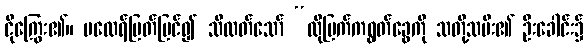
ငိုကြွေး၏။ မထေရ်မြတ်မြင်၍ သိလတ်သော် “ထိုမြက်ကရွတ်ခွေကို သတို့သမီး၏ ဦးခေါင်း၌